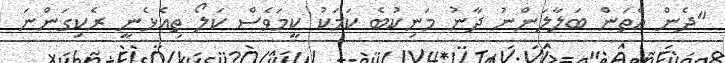
"ދެން އެތަން ބަލާލަންނު ދާނު މަނިކުބެ ކަމަކު ކީމަވެސް ކަލޯ ތިއެޅެނީ ރެކިގަންނަ